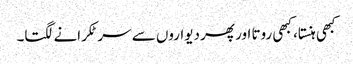
کبھی ہنستا، کبھی روتا اور پھر دیواروں سے سر ٹکرانے لگتا۔